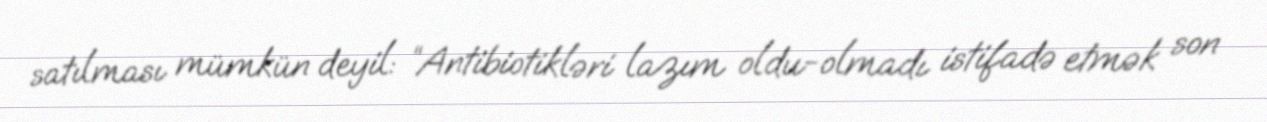
satılması mümkün deyil: “Antibiotikləri lazım oldu-olmadı istifadə etmək son